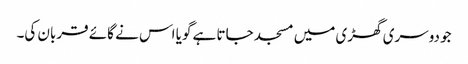
جو دوسری گھڑی میں مسجد جاتا ہے گویا اس نے گائے قربان کی۔